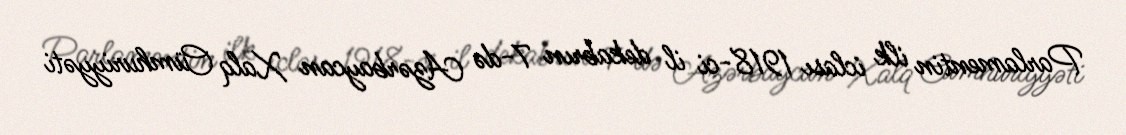
Parlamentin ilk iclası 1918-ci il dekabrın 7-də Azərbaycan Xalq Cümhuriyyəti